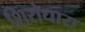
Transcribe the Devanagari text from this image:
शिरोधारा